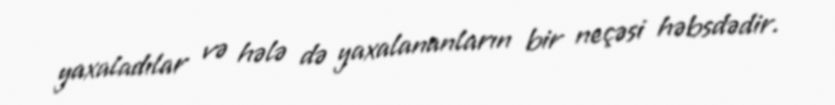
yaxaladılar və hələ də yaxalananların bir neçəsi həbsdədir.